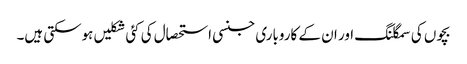
بچوں کی سمگلنگ اور ان کے کاروباری جنسی استحصال کی کئی شکلیں ہوسکتی ہیں۔